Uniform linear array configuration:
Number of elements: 4
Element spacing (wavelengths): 0.5
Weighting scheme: exponential
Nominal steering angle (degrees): -45
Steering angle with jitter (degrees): -44.63
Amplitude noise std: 0.05
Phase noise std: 0.05

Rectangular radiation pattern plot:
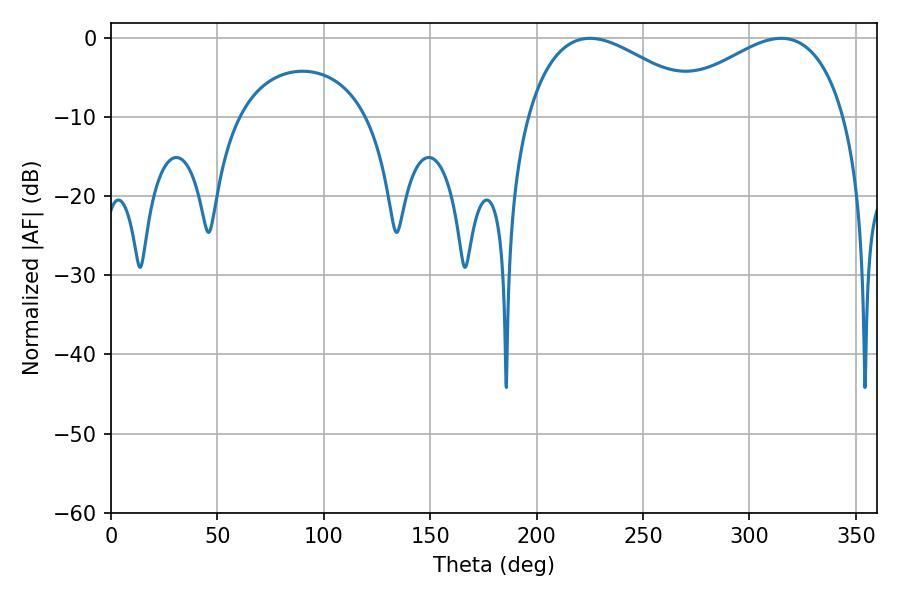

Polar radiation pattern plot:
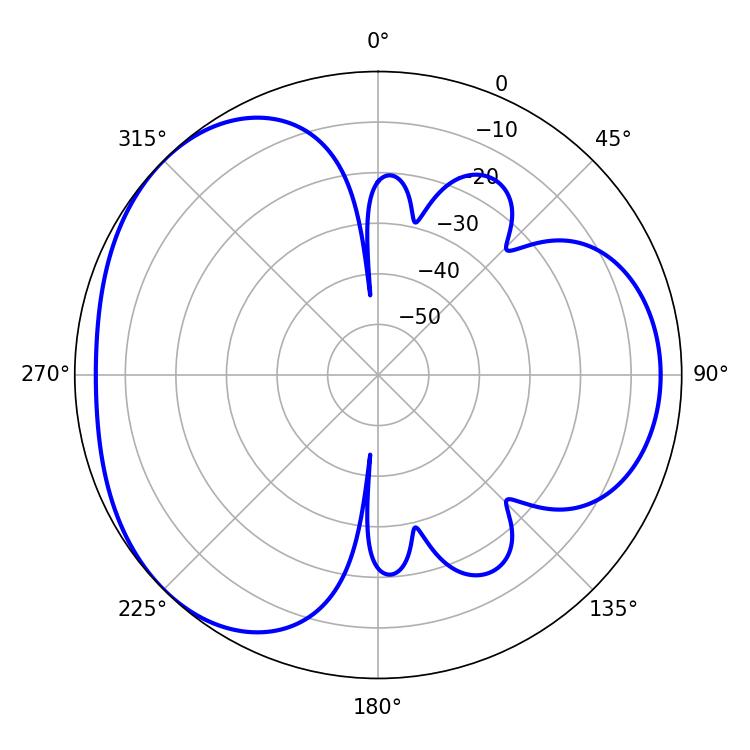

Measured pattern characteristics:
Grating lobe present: FALSE
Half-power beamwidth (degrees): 46.62
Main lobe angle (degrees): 225